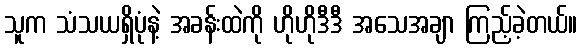
သူက သံသယရှိပုံနဲ့ အခန်းထဲကို ဟိုဟိုဒီဒီ အသေအချာ ကြည့်ခဲ့တယ်။